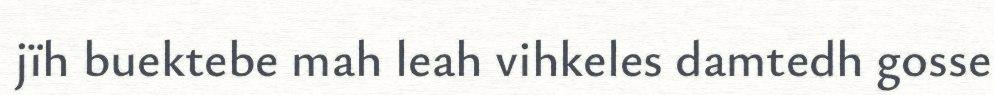
jïh buektebe mah leah vihkeles damtedh gosse